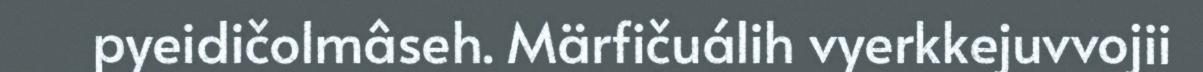
pyeidičolmâseh. Märfičuálih vyerkkejuvvojii